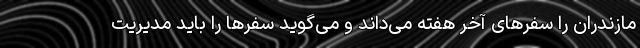
مازندران را سفر‌های آخر هفته می‌داند و می‌گوید سفر‌ها را باید مدیریت